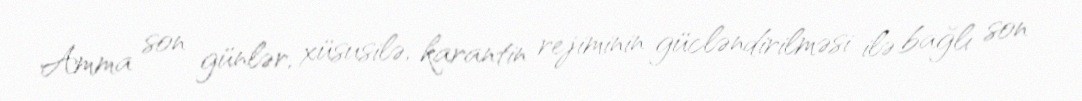
Amma son günlər, xüsusilə, karantin rejiminin gücləndirilməsi ilə bağlı son